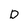
Character: D